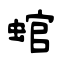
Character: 䗆